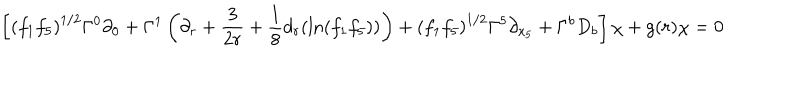
\left[ \left( f _ { 1 } f _ { 5 } \right) ^ { 1 / 2 } \Gamma ^ { 0 } \partial _ { 0 } + \Gamma ^ { 1 } \left( \partial _ { r } + \frac { 3 } { 2 r } + \frac { 1 } { 8 } d _ { r } ( \ln ( f _ { 1 } f _ { 5 } ) ) \right) + \left( f _ { 1 } f _ { 5 } \right) ^ { 1 / 2 } \Gamma ^ { 5 } \partial _ { x _ { 5 } } + \Gamma ^ { b } D _ { b } \right] \chi + g ( r ) \chi = 0